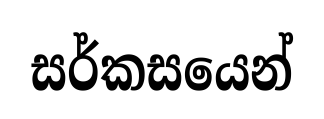
සර්කසයෙන්